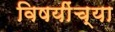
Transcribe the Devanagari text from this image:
विषयींच्या